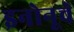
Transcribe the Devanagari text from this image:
इनोनूचे